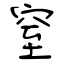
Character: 窒